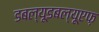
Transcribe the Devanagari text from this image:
डबल्यूडबल्यूएफ़